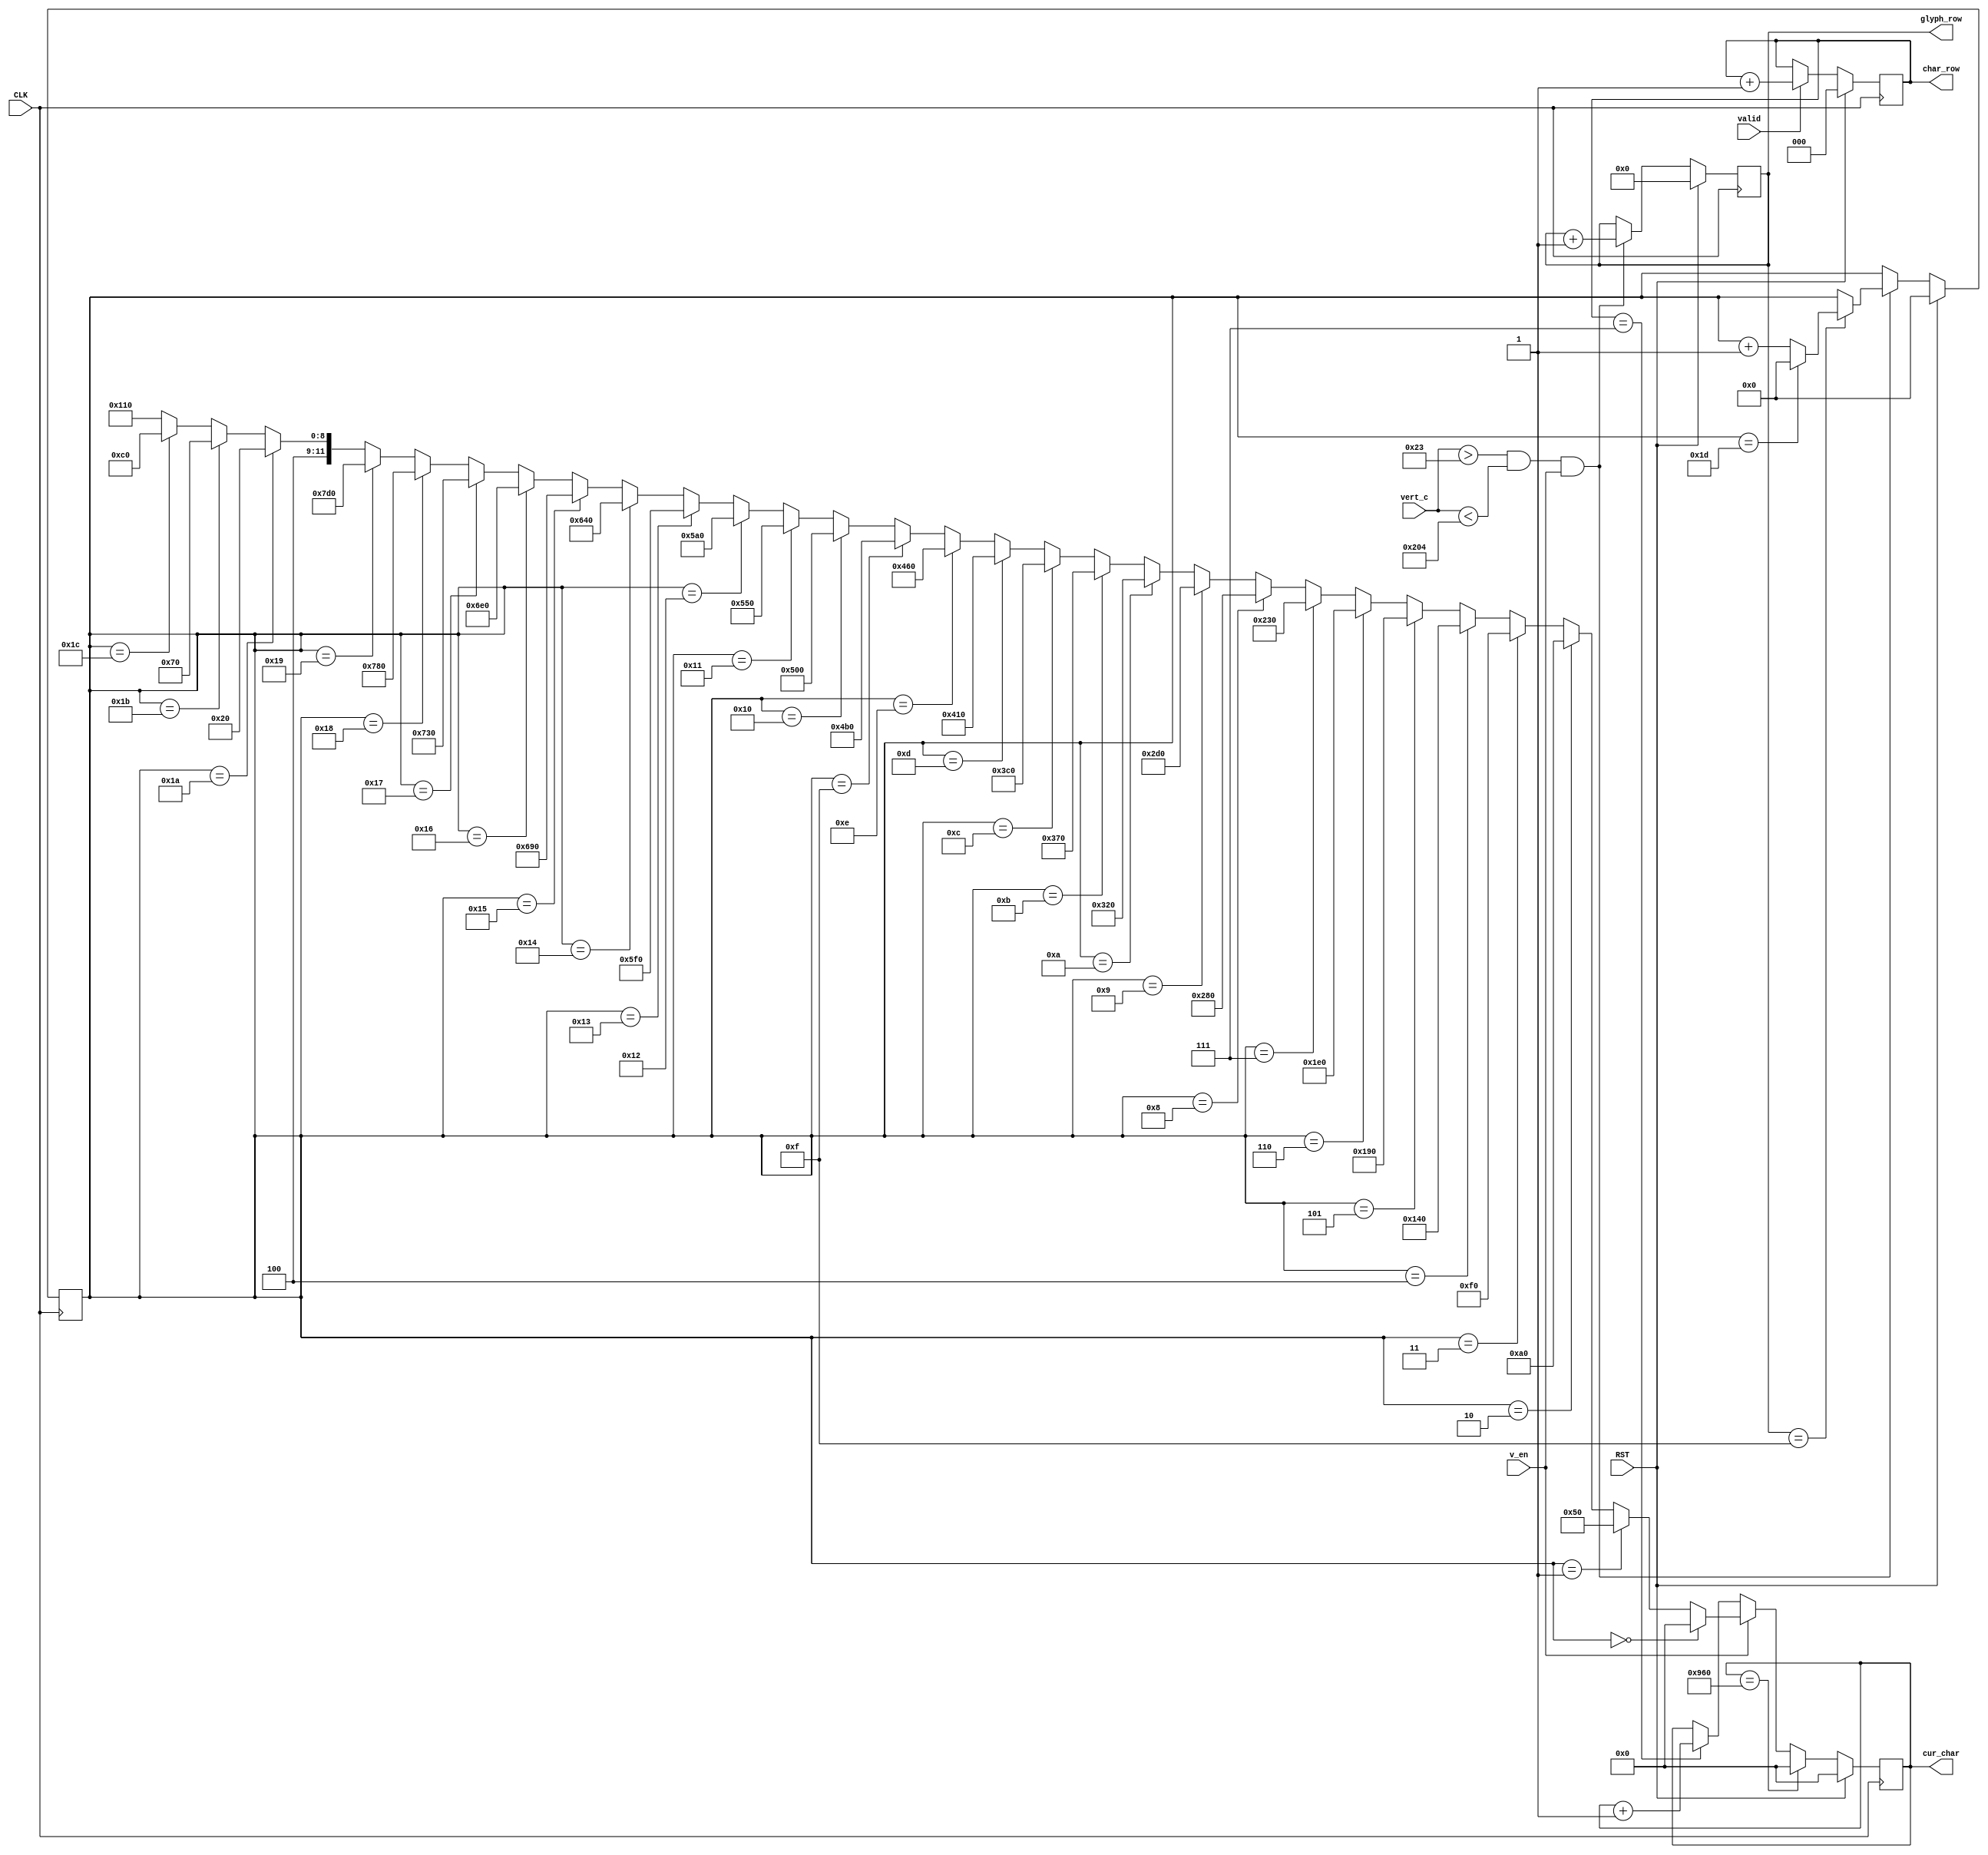
//Keep track of the current char we're drawing inside the frame buffer
//Only incremement glyph_row, cur_char, and v_en when the right lines are high
//Reset brings the address back to 0
module char_row_counter(glyph_row, char_row, cur_char, v_en, valid, vert_c, CLK, RST);

output reg [11:0] cur_char; //Current character from 0 to 4800
output reg [3:0] glyph_row; //From row 0 to 15 of each glyph
output reg [2:0] char_row; //From 0 to 7 across each char row
input v_en, valid, CLK, RST;

input [9:0] vert_c;

reg [4:0] cur_row; //Current row 0 - 29

//Make sure everything's in a known state
initial
begin
	glyph_row = 0;
	char_row = 0;
	cur_char = 0;
	cur_row = 0;
end

always @(posedge CLK)
begin
	//Check reset condition
	if (RST) begin
		glyph_row <= 0;
		char_row <= 0;
		cur_char <= 0;
		cur_row <= 0;
	end
	else begin
		if (cur_char == 2400)
			cur_char <= 0;
		else if (v_en)
			cur_char <= (cur_row == 0) ? 0 : //Zeroth row
							(cur_row == 1) ? 80: //First row - set to 2 * 80 (80 col per row, 2 bytes per char in frame)
							(cur_row == 2) ? 160:
							(cur_row == 3) ? 240:
							(cur_row == 4) ? 320:
							(cur_row == 5) ? 400:
							(cur_row == 6) ? 480:
							(cur_row == 7) ? 560:
							(cur_row == 8) ? 640:
							(cur_row == 9) ? 720:
							(cur_row == 10) ? 800:
							(cur_row == 11) ? 880:
							(cur_row == 12) ? 960:
							(cur_row == 13) ? 1040:
							(cur_row == 14) ? 1120:
							(cur_row == 15) ? 1200:
							(cur_row == 16) ? 1280:
							(cur_row == 17) ? 1360:
							(cur_row == 18) ? 1440:
							(cur_row == 19) ? 1520:
							(cur_row == 20) ? 1600:
							(cur_row == 21) ? 1680:
							(cur_row == 22) ? 1760:
							(cur_row == 23) ? 1840:
							(cur_row == 24) ? 1920:
							(cur_row == 25) ? 2000:
							(cur_row == 26) ? 2080:
							(cur_row == 27) ? 2160:
							(cur_row == 28) ? 2240:
							2320; //29
		else if (char_row == 7) begin
			//No need to check max condition since this will just rollover
			cur_char <= cur_char + 1;
		end
		if ((vert_c > 35) && (vert_c < 516) && v_en) begin
			//Only increment glyph row when we go to the next row and we're in the valid region vertically
			glyph_row <= glyph_row + 1;
			if (glyph_row == 15) begin
				//Current row (in terms of how many chars) only increments every 16 ACTUAL rows since each char is 16 pixels high
				if (cur_row == 29)
					cur_row <= 0;
				else
					cur_row <= cur_row + 1;
			end
		end
		if (valid)
			//No need to check max condition since this will just rollover
			char_row <= char_row + 1;
	end
end

endmodule